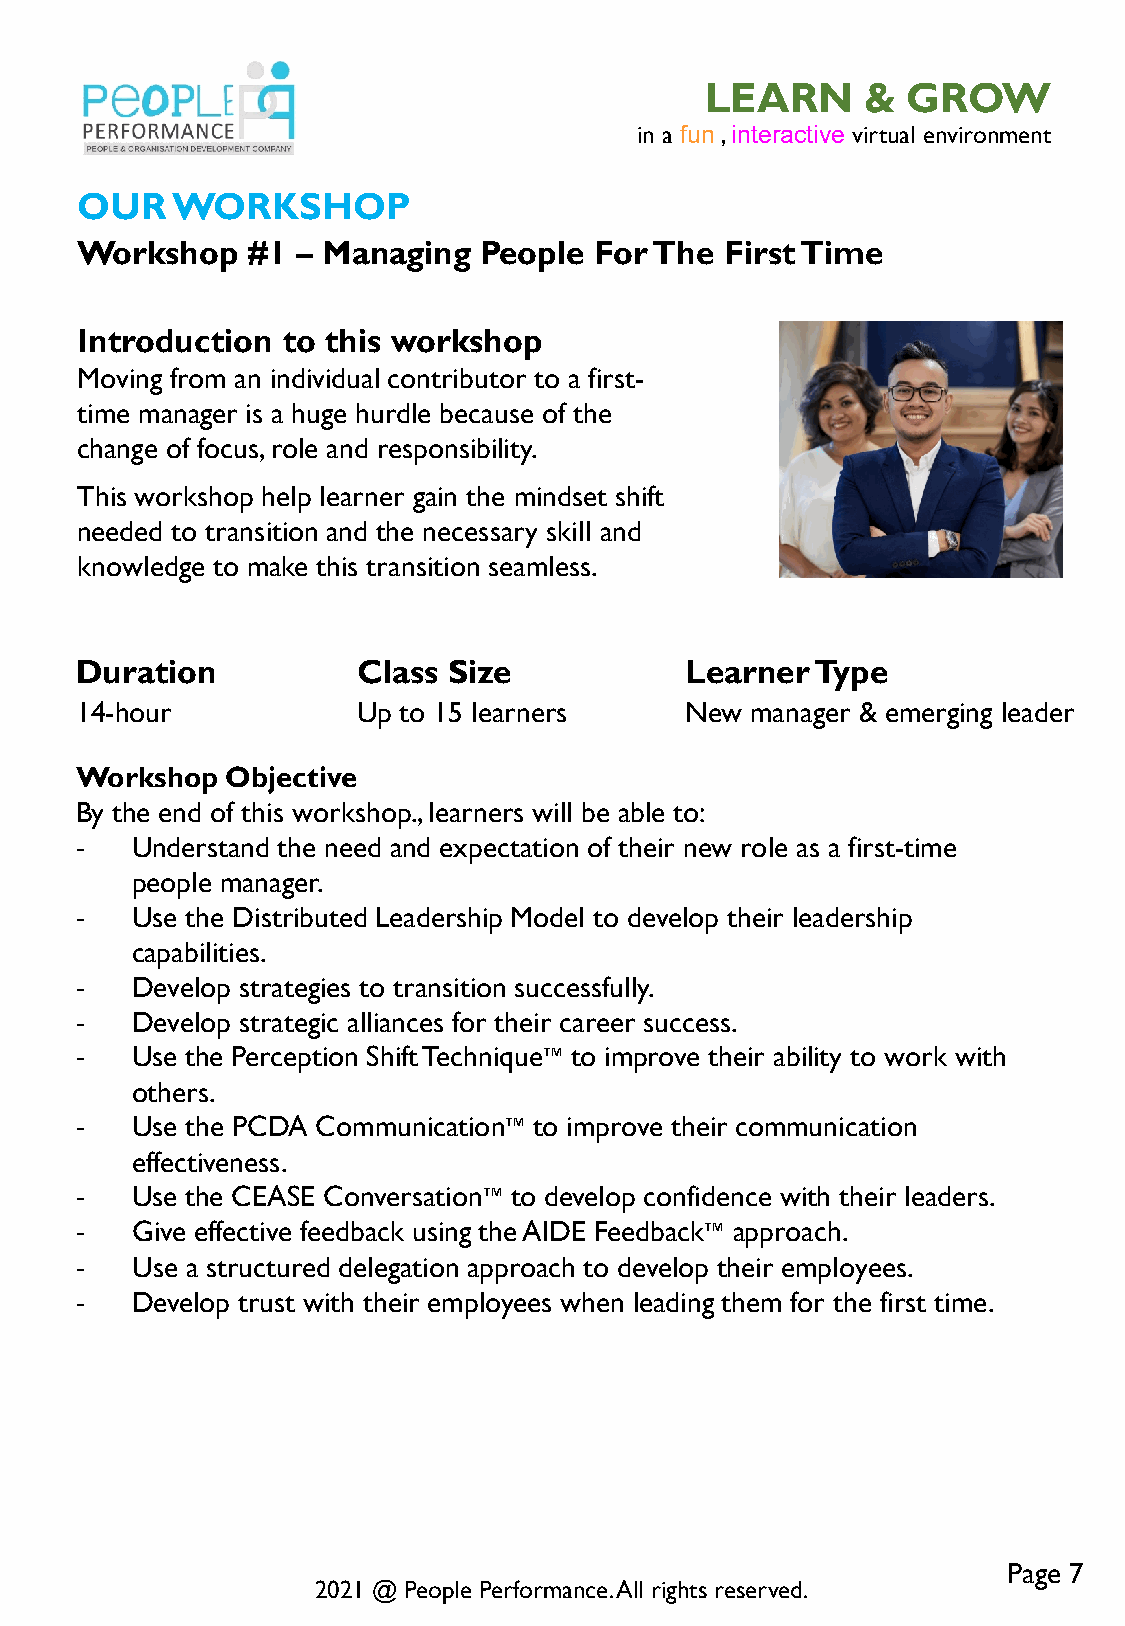
LEARN     &  GROW
 in a fun , interactive virtual environment
 OUR   WORKSHOP
 Workshop   #1  – Managing  People For The  First Time
 Introduction  to this workshop
 Moving from an individual contributor to a first-
 time manager is a huge hurdle because of the
 change of focus, role and responsibility.
 This workshop help learner gain the mindset shift
 needed to transition and the necessary skill and
 knowledge to make this transition seamless.
 Duration           Class Size           Learner  Type
 14-hour            Up to 15 learners    New  manager & emerging leader
 Workshop  Objective
 By the end of this workshop., learners will be able to:
 -   Understand the need and expectation of their new role as a first-time
 people manager.
 -   Use the Distributed Leadership Model to develop their leadership
 capabilities.
 -   Develop strategies to transition successfully.
 -   Develop strategic alliances for their career success.
 -   Use the Perception Shift Technique™ to improve their ability to work with
 others.
 -   Use the PCDA Communication™ to improve their communication
 effectiveness.
 -   Use the CEASE Conversation™ to develop confidence with their leaders.
 -   Give effective feedback using the AIDE Feedback™ approach.
 -   Use a structured delegation approach to develop their employees.
 -   Develop trust with their employees when leading them for the first time.
 Page 7
 2021 @ People Performance. All rights reserved.